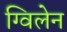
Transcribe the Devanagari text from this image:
ग्विलेन